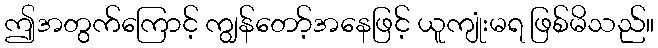
ဤအတွက်ကြောင့် ကျွန်တော့်အနေဖြင့် ယူကျုံးမရ ဖြစ်မိသည်။